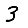
Digit: 3